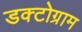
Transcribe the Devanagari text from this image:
डक्टोग्राम